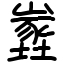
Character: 嶳